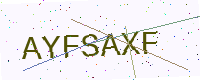
Text: AYFSAXF